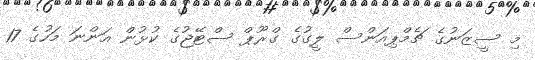
މި ސީޒަނުގެ ޗެމްޕިއަންސް ލީގުގެ ގްރޫޕް ސްޓޭޖުގެ ކުޅުން އަންނަ މަހުގެ 17